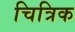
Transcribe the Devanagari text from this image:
चित्रिक